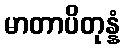
မာတာပိတုန္နံ